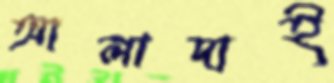
আলাদাই